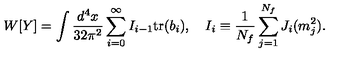
W [ Y ] = \int \frac { d ^ { 4 } x } { 3 2 \pi ^ { 2 } } \sum _ { i = 0 } ^ { \infty } I _ { i - 1 } \mathrm { t r } ( b _ { i } ) , \quad I _ { i } \equiv \frac { 1 } { N _ { f } } \sum _ { j = 1 } ^ { N _ { f } } J _ { i } ( m _ { j } ^ { 2 } ) .